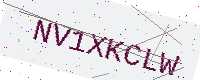
Text: NV1XKCLW